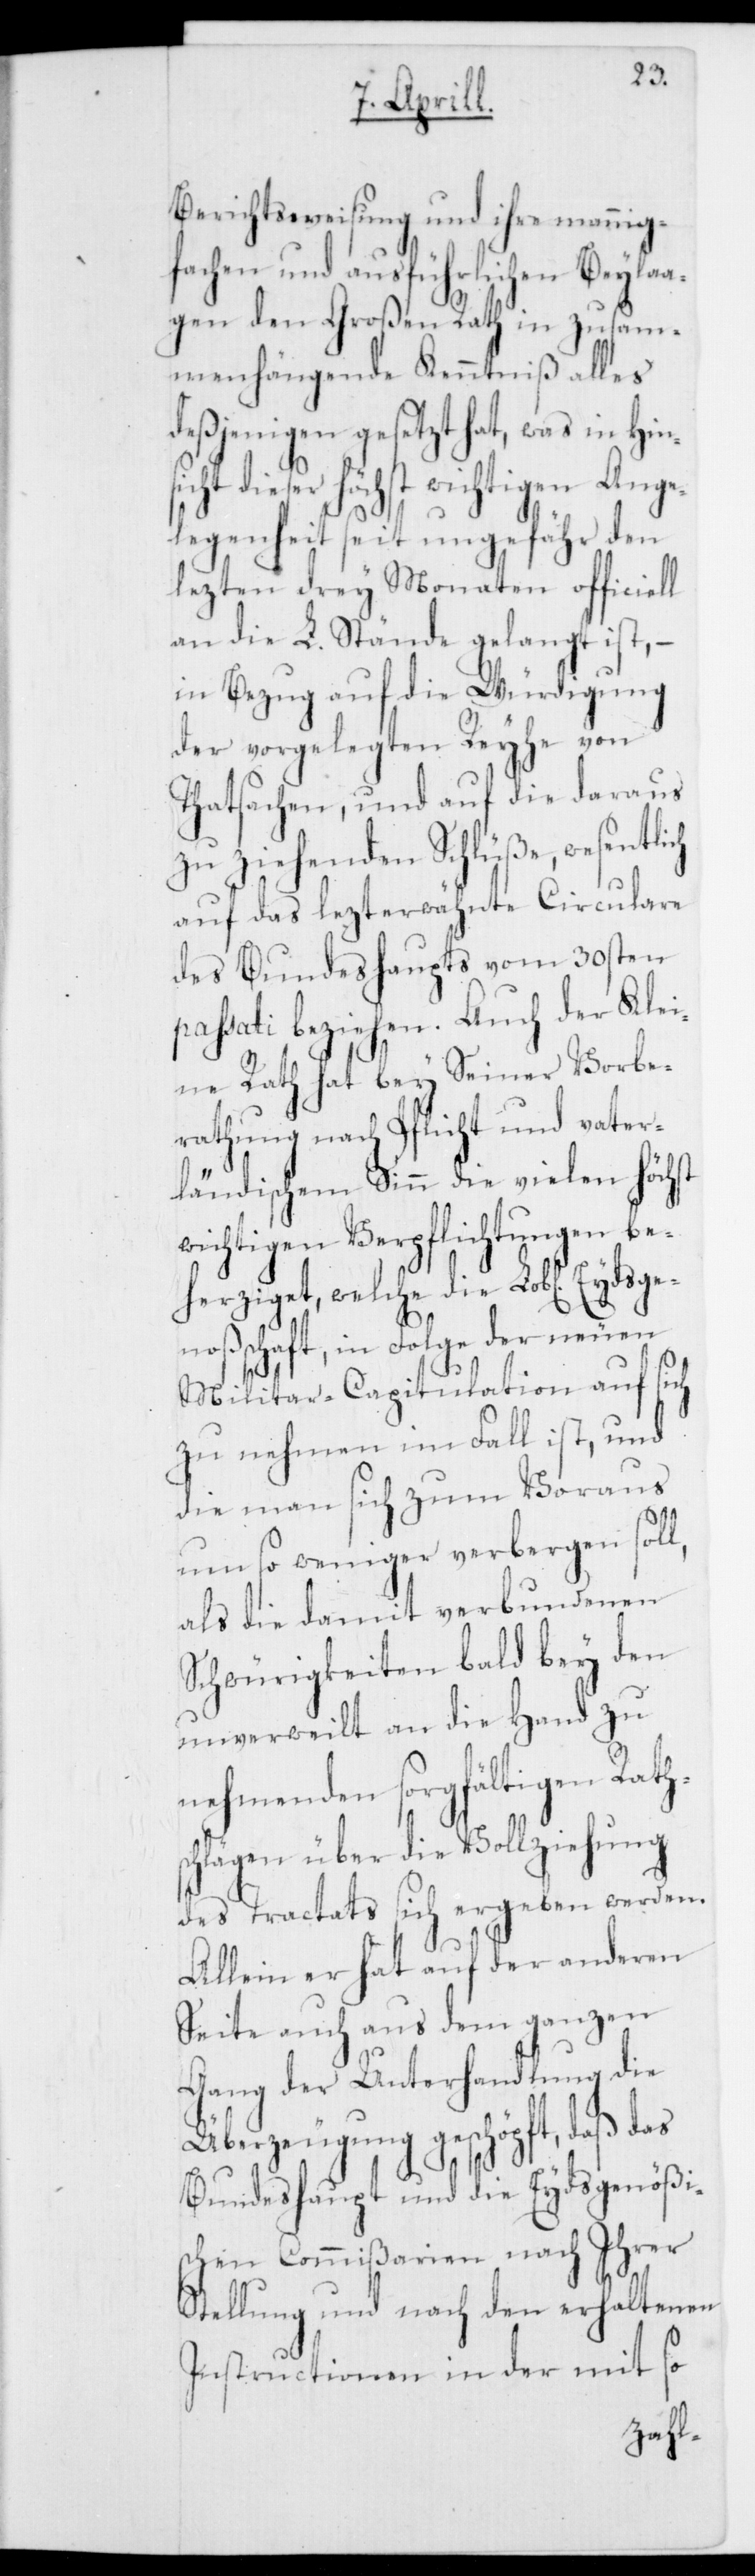
si¬
Berichtsweisung und ihre mannig¬
fachen und ausführlichen Beylaa¬
gen den Großen Rath in zusam¬
menhängende Kenntniß alles
desjenigen gesetzt hat, was in Hin¬
cht dieser höchst wichtigen Ange¬
legenheit seit ungefähr den
lezten drei Monaten officiell
an die L. Stände gelangt ist, –
in Bezug auf die Würdigung
der vorgelegten Reyhe von
Thatsachen, und auf die daraus
zu ziehenden Schlüße, wesentlich
auf das lezterwähnte Circulare
des Bundeshaupts vom 30sten
passati beziehen. Auch der Klei¬
ne Rath hat bey Seiner Vorbe¬
rathung nach Pflicht und vater¬
ländischem Sinn die vielen höchst
wichtigen Verpflichtungen be¬
herziget, welche die Lobl. Eydsgen¬
oßenschaft, in Folge der neuen
zu nehmen im Fall ist, und
die man sich zum Voraus
um so weniger verbergen soll,
als die damit verbundenen
Schwürigkeiten bald bey den
unverweilt an die Hand zu
nehmenden sorgfältigen Raths¬
chlägen über die Vollziehung
des Tractats sich ergeben werden.
Allein er hat auf der anderen
Seite auch aus dem ganzen
Gang der Unterhandlung die
Überzeugung geschöpft, daß das
Bundeshaupt und die Eydsgenößi¬
schen Commißarien nach Ihrer
Stellung und nach den erhaltenen
Instructionen in der mit so